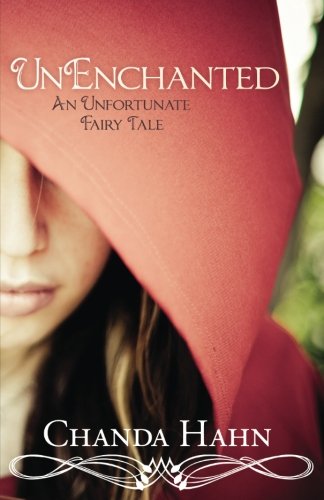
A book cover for UnEnchanted: An Unfortunate Fairy Tale (Unfortunate Fairy Tale;[bk. 1]); Chanda Hahn; Teen & Young Adult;